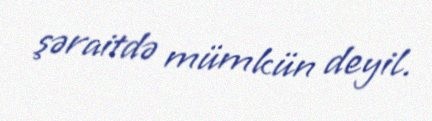
şəraitdə mümkün deyil.